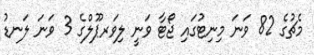
މެޗުގެ 82 ވަނަ މިނިޓުގައި ޖޯޓާ ވަނީ ލިވަރޕޫލްގެ 3 ވަނަ ލަނޑު